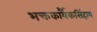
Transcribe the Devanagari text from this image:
भक्तकार्यैकसिंहाय